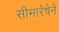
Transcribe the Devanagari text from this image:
सीमारेषेने